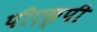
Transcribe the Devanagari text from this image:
पीएछ्पी